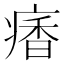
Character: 𩠾